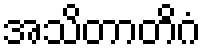
အသိတာတိဂံ